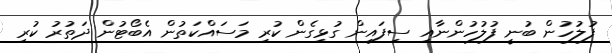
ފުލުހުން ބުނީ ފުލުހުންނާއި ސިފައިން ގުޅިގެން ކުރި މަސައްކަތުން އެބޯޓުން ދަތުރު ކުރި